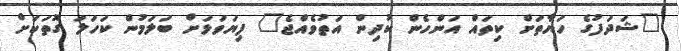
"ޝަދަފުގެ ހަޔާތަށް ކިތައް އަންހެން ކުދިން އަތުވެއްޖެ" ފިޔަވަޅަށް ބަލަމުން ކަހަލަ ގޮތަކަށް